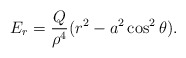
\begin{align*}E_{r}=\frac{Q}{\rho^4}(r^2-a^2\cos^2\theta).\end{align*}